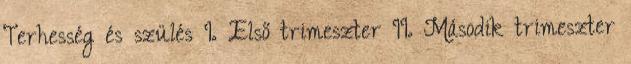
Terhesség és szülés I. Első trimeszter II. Második trimeszter